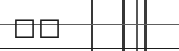
٣٧